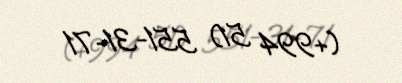
(+994 51) 551-31-71